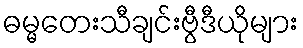
ဓမ္မတေးသီချင်းဗွီဒီယိုများ